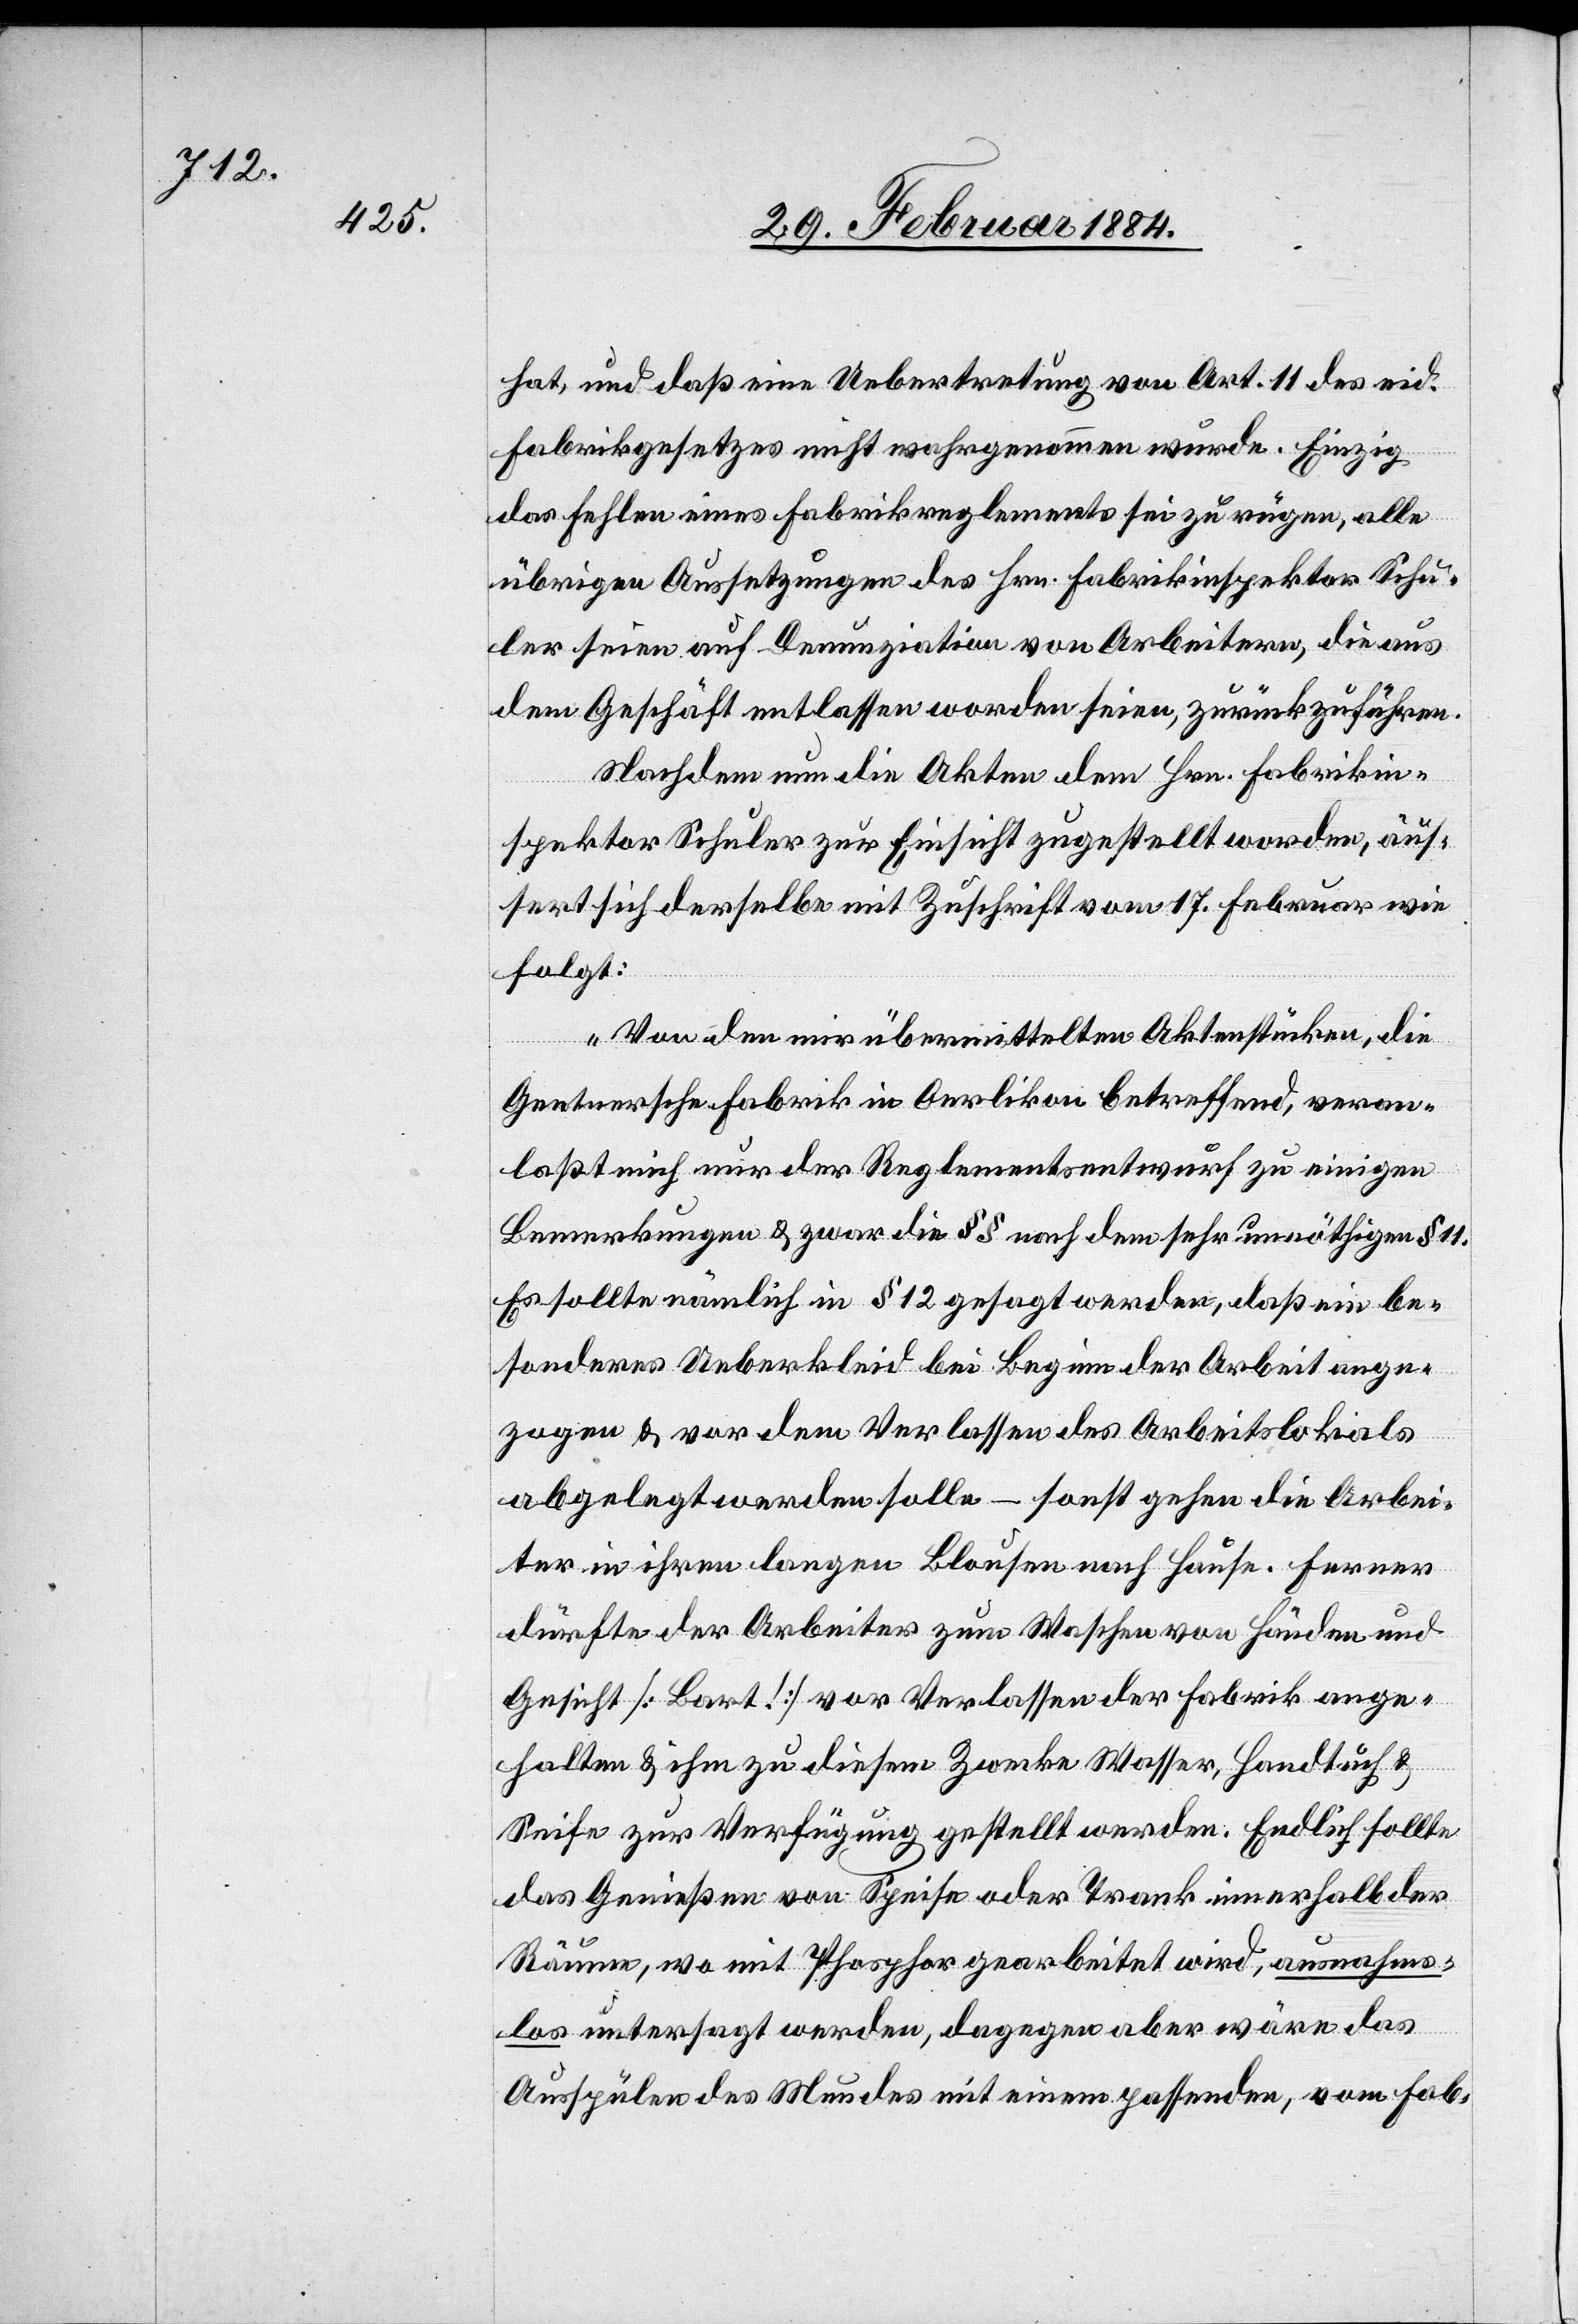
hat und daß eine Uebertretung von Art. 11 des eid.
Fabrikgesetzes nicht wahrgenommen wurde. Einzig
das Fehlen eines Fabrikreglements sei zu rügen, alle
übrigen Aussetzungen des Hrn. Fabrikinspektor Schu¬
ler seien auf Denunziation von Arbeitern, die aus
dem Geschäft entlassen worden seien, zurückzuführen.
Nachdem nun die Akten dem Hrn. Fabrikin¬
spektor Schuler zur Einsicht zugestellt worden, äus¬
sert sich derselbe mit Zuschrift vom 17. Februar wie
folgt:
„Von den mir übermittelten Aktenstücken, die
Gentnersche Fabrik in Oerlikon betreffend, veran¬
laßt mich nur der Reglementsentwurf zu einigen
Bemerkungen & zwar die §§ nach dem sehr unnöthigen § 11.
Es sollte nämlich in § 12 gesagt werden, daß ein be¬
sonderes Ueberkleid bei Beginn der Arbeit ange¬
zogen & vor dem Verlassen des Arbeitslokals
abgelegt werden solle – sonst gehen die Arbei¬
ter in ihren langen Blousen nach Hause. Ferner
dürfte der Arbeiter zum Waschen von Händen und
Gesicht [Bart!] vor Verlassen der Fabrik ange¬
halten & ihm zu diesem Zwecke Wasser, Handtuch &
Seife zur Verfügung gestellt werden. Endlich sollte
das Genießen von Speisen oder Trank innerhalb der
Räume, wo mit Phosphor gearbeitet wird, ausnahms¬
los untersagt werden, dagegen aber wäre das
Ausspühlen des Mundes mit einem passenden, vom Fab-